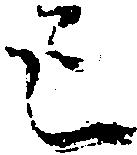
已